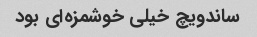
ساندویچ خیلی خوشمزه‌ای بود